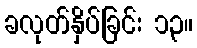
ခလုတ်နှိပ်ခြင်း ၁၃။